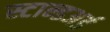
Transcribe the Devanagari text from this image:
स्टान्डअर्ड